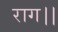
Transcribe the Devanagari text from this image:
राग।।